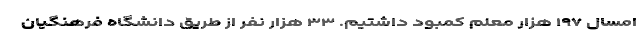
امسال ۱۹۷ هزار معلم کمبود داشتیم. ۳۳ هزار نفر از طریق دانشگاه فرهنگیان